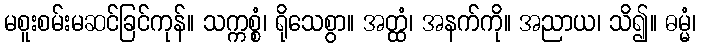
မစူးစမ်းမဆင်ခြင်ကုန်။ သက္ကစ္စံ၊ ရိုသေစွာ။ အတ္ထံ၊ အနက်ကို။ အညာယ၊ သိ၍။ ဓမ္မံ၊